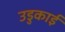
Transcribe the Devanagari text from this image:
उडुकाई